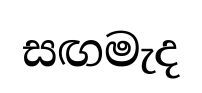
සඟමැද